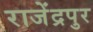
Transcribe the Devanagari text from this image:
राजेंद्रपुर